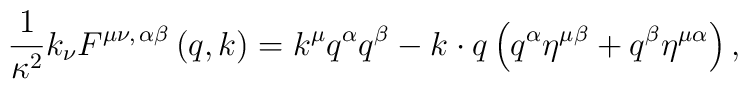
{\frac {1}{\kappa^2}}k_\nu F^{\mu \nu ,\,\alpha \beta }\left( q,k\right)=k^\mu q^\alpha q^\beta -k\cdot q\left( q^\alpha \eta ^{\mu \beta }+q^\beta\eta ^{\mu \alpha }\right) ,